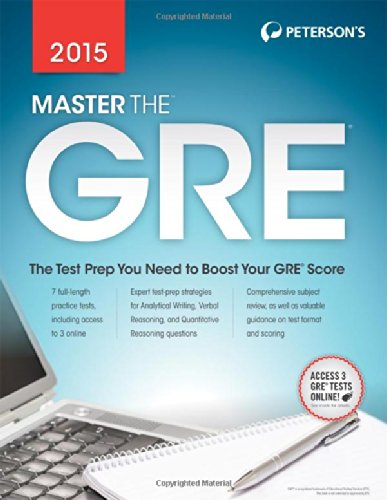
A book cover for Master the GRE 2015; Margaret Moran; Test Preparation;